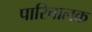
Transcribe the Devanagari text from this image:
पारिचालक